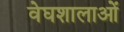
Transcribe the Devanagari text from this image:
वेघशालाओं